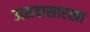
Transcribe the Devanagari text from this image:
उत्सवासारखा